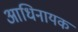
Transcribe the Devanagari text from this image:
आधिनायक